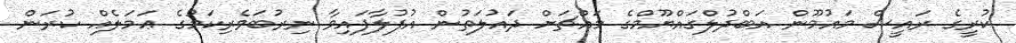
ކުރީގެ ރައީސް މައުމޫން އަބްދުލްގައްޔޫމްގެ މައްޗަށް ދައުލަތުން އުފުލާފައިވާ ނިރުބަވެރިކަމުގެ ޢަމަލެއް ކުރަން